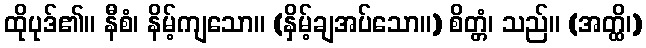
ထိုပုဒ်၏။ နီစံ၊ နိမ့်ကျသော။ (နှိမ့်ချအပ်သော။) စိတ္တံ၊ သည်။ (အတ္ထိ၊)